Annual report on the working of the Harcourt Butler Institute of Public Health, Rangoon
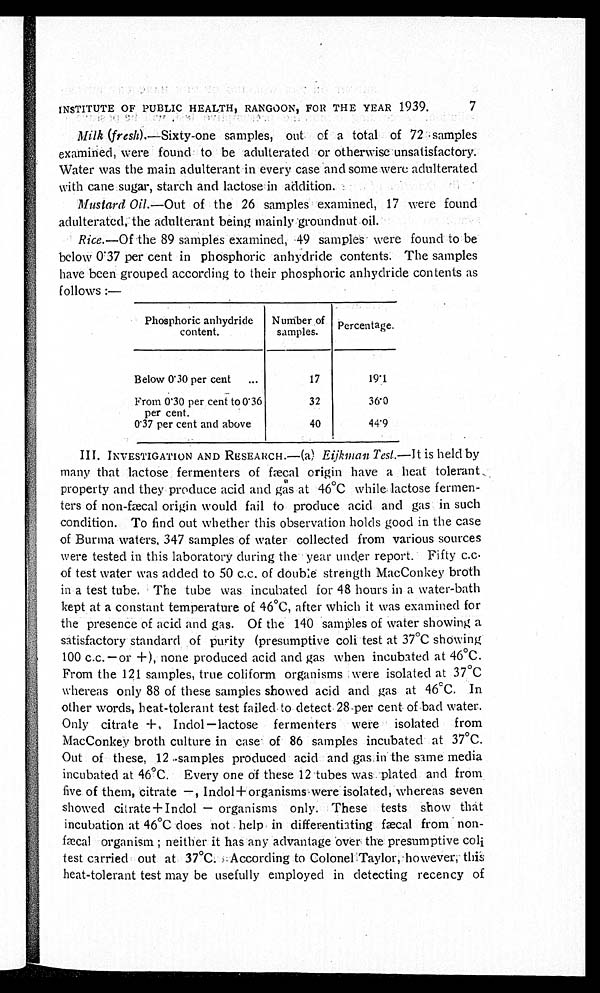
INSTITUTE OF PUBLIC HEALTH, RANGOON, FOR THE YEAR 1939.
7
Milk ( f r e s h
) . — S i x t y - o n e s a m p l e s , o u t o f a t o t a l o f 7 2 s a m p l e s
examined, were found to be adulterated or otherwise unsatisfactory.
Water was the main adulterant in every case and some were adulterated
with cane sugar, starch and lactose in addition.
Mustard Oi1 .—Out of the 26 samples examined, 17 were found
adulterated, the adulterant being mainly groundnut oil.
Rice .—Of the 89 samples examined, 49 samples were found to be
below 0.37 per cent in phosphoric anhydride contents. The samples
have been grouped according to their phosphoric anhydride contents as
follows :—
Phosphoric anhydride
content.
Number of
samples.
Percentage.
Below 0.30 per cent
...
17
19.1
From 0.30 per cent to 0.36
per cent.
32
36.0
0.37 per cent and above
40
44.9
III. INVESTIGATION AND RESEARCH.—(a) Eijkman Test .—It is held by
many that lactose fermenters of fæcal origin have a heat tolerant.
property and they produce acid and gas at 46°C while lactose fermen-
ters of non-fæcal origin would fail to produce acid and gas in such
condition. To find out whether this observation holds good in the case
of Burma waters, 347 samples of water collected from various sources
were tested in this laboratory during the year under report. Fifty c.c.
of test water was added to 50 c.c. of double strength MacConkey broth
in a test tube. The tube was incubated for 48 hours in a water-bath
kept at a constant temperature of 46°C, after which it was examined for
the presence of acid and gas. Of the 140 samples of water showing a
satisfactory standard of purity (presumptive coli test at 37°C showing
100 c.c.–or +), none produced acid and gas when incubated at 46°C.
From the 121 samples, true coliform organisms were isolated at 37°C
whereas only 88 of these samples showed acid and gas at 46°C. In
other words, heat-tolerant test failed to detect 28 per cent of bad water.
Only citrate +, Indol–lactose fermenters were isolated from
MacConkey broth culture in case of 86 samples incubated at 37°C.
Out of these, 12 samples produced acid and gas in the same media
incubated at 46°C. Every one of these 12 tubes was plated and from
five of them, citrate –, Indol+organisms were isolated, whereas seven
showed citrate+Indol – organisms only. These tests show that
incubation at 46°C does not help in differentiating fæcal from
non-fæcal organism ; neither it has any advantage over the presumptive coli
test carried out at 37°C. According to Colonel Taylor, however, this
heat-tolerant test may be usefully employed in detecting recency of